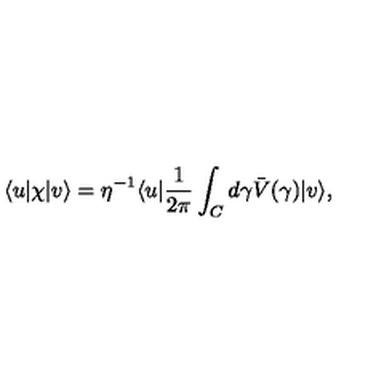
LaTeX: \langle u \vert \chi \vert v \rangle = \eta ^ { - 1 } \langle u \vert { \frac { 1 } { 2 \pi } } \int _ { C } d \gamma \bar { V } ( \gamma ) \vert v \rangle ,